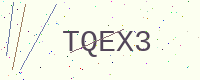
Text: TQEX3